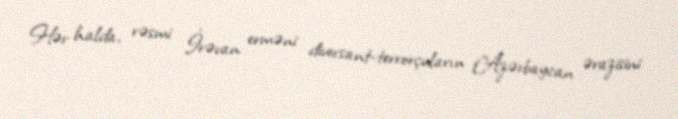
Hər halda, rəsmi İrəvan erməni diversant-terrorçuların Azərbaycan ərazisini